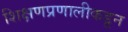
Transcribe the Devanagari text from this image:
शिक्षणप्रणालीकडून